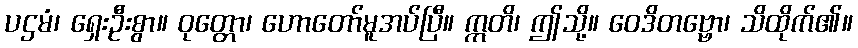
ပဌမံ၊ ရှေးဦးစွာ။ ဝုတ္တော၊ ဟောတော်မူအပ်ပြီ။ ဣတိ၊ ဤသို့။ ဝေဒိတဗ္ဗော၊ သိထိုက်၏။